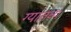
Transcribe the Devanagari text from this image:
ग्यातव्य